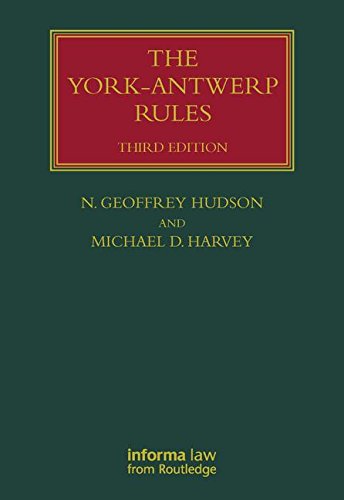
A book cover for The York-Antwerp Rules: The Principles and Practice of General Average Adjustment (Lloyd's Shipping Law Library); Geoffrey N Hudson; Law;